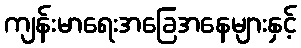
ကျန်းမာရေးအခြေအနေများနှင့်